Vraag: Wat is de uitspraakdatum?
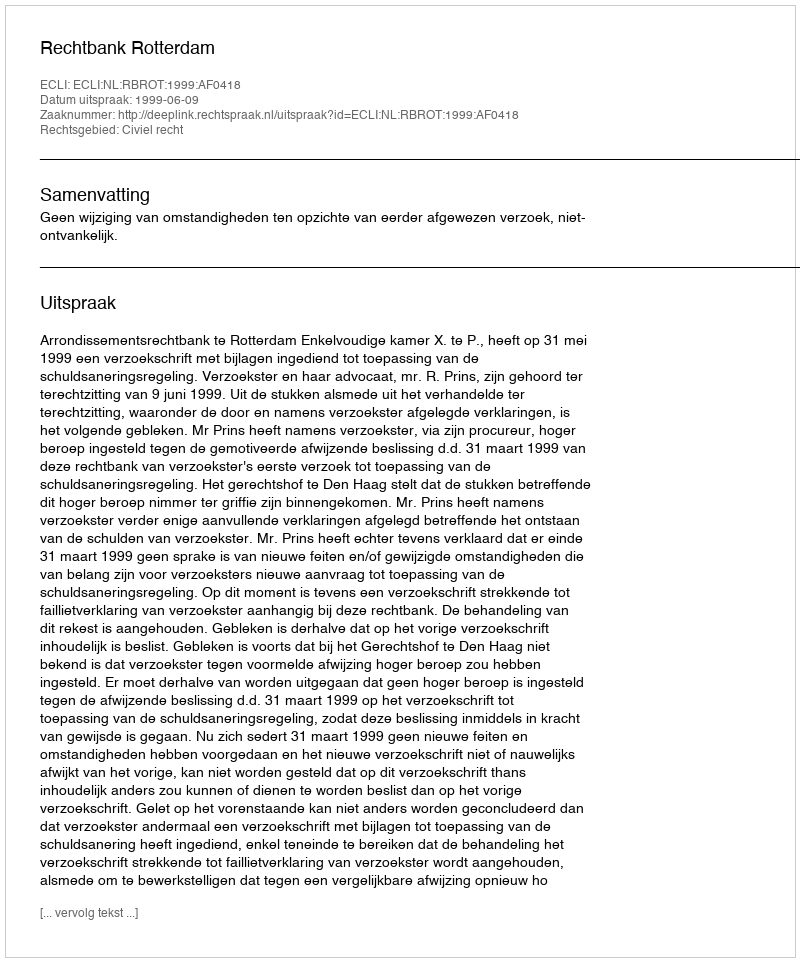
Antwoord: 1999-06-09